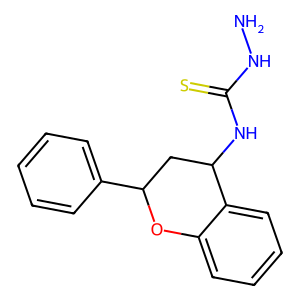
SMILES: NNC(=S)NC1CC(c2ccccc2)Oc2ccccc21
Inhibits HIV replication: No